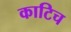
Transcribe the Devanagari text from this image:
काटिच